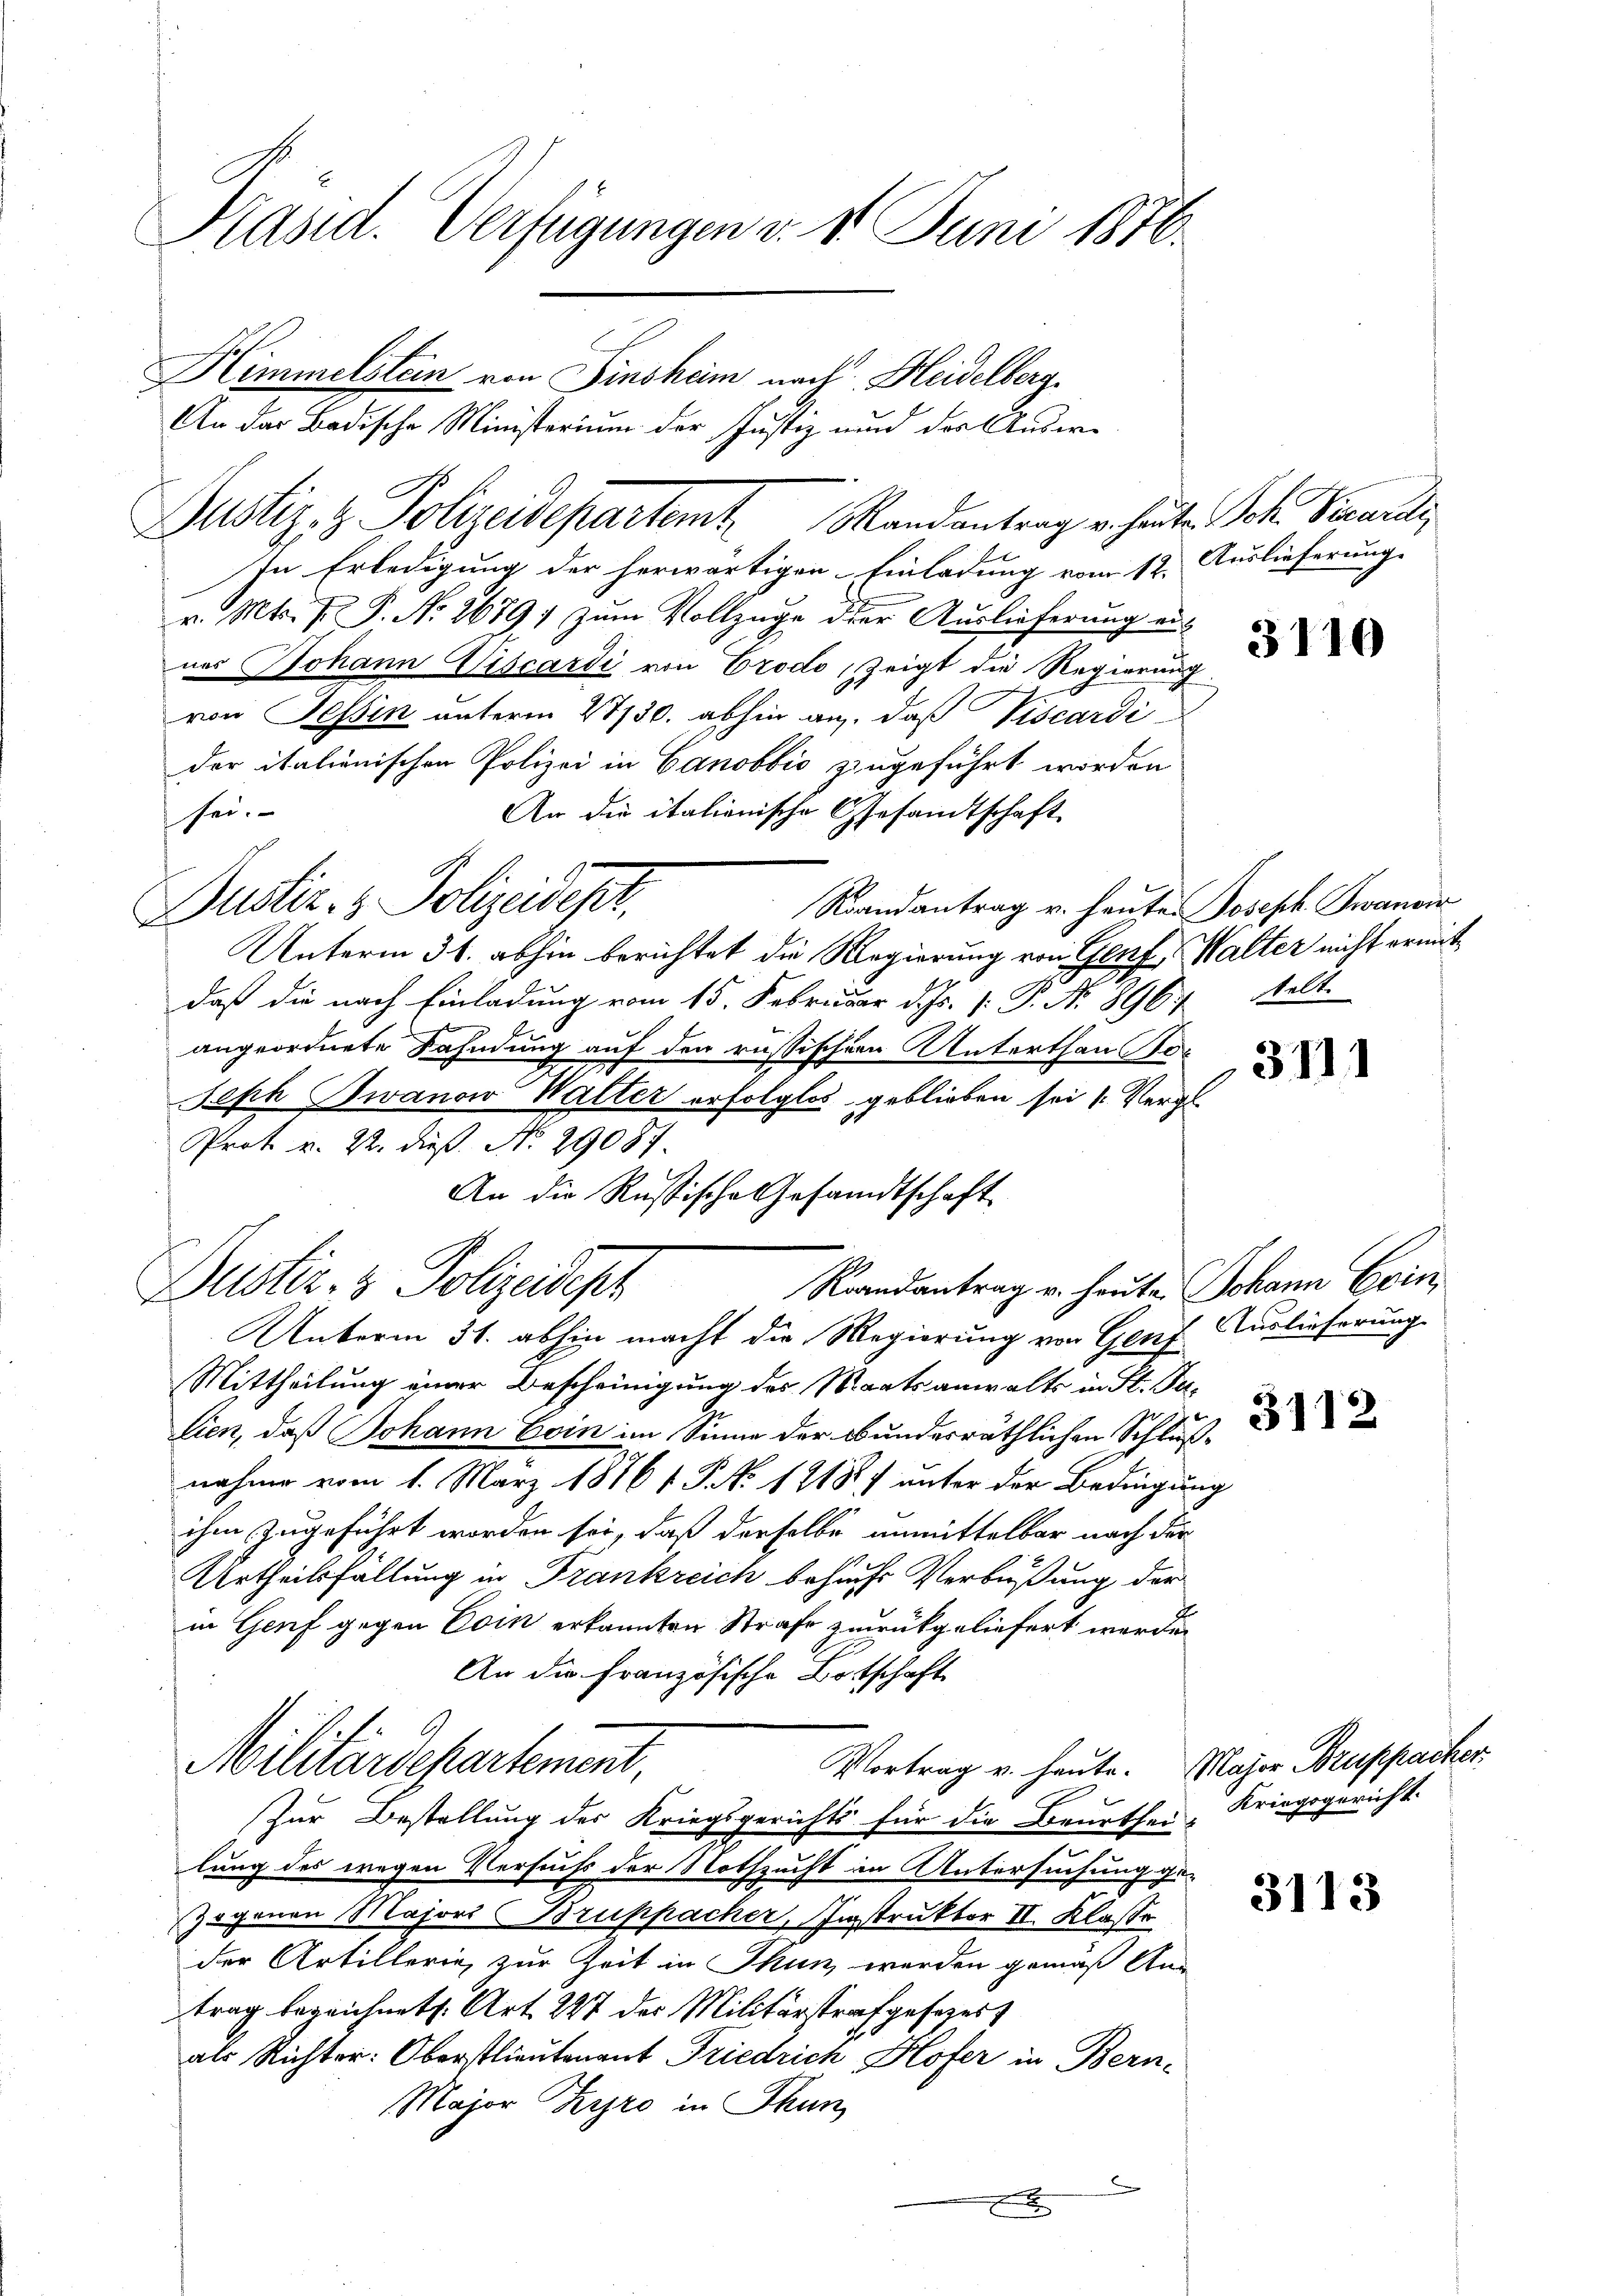
Präsid. Verfügungen v. 1. Juni 1876.

Justiz- & Polizeidepartemt Randantrag v. heuten Joh. Vicardi
In Erledigung der herwärtigen Einladung vom 12. Auslieferung
v. Mts. V. P. Nr. 2689) zum Vollzuge der Auslieferung aus
nes Johann Viscardi von Crodo, zeigt die Regierung
von Tessin unterm 27130. abhin an, daß Viscardi
der italienischen Polizei in Canobbić zugeführt worden
sei.
An die italienische Gesamtschaft
Justiz- & Polizeidest
Raandantrag u. heute Joseph Swancir
Unterm 31. abhin berichtet die Regierung von Genf, Walter nicht ermitdaß die nach Einladung vom 15. Februar d. Js. v. P. Nr. 8967 kelt
angeordnete Sahndung auf den russischen Unterthan Jo¬
Seph Iwanow Walter erfolglos geblieben sei (Vergl.
Prot u. 22. dieß. No. 29087.
An die Russische Gesandtschaft

Himmelstein von Finsham nach Heidelberg.
An das Badische Ministerium der Justiz und der Auswe

Justiz- & Polizeidept

Unterm 31. abhin macht die Regierung von Genf Auslieferung
Mittheilung einer Bescheinigung des Staatsanwalts in St. Julien, daß Johann Coin im Sinne der Bundesräthlichen Schlußnahme vom 1. März 18761. P. No 121887 unter der Bedingung
ihm zugeführt worden sei, daß derselbe unmittelbar nach der
Urtheilsfällung in Frankreich besucht Verbüßung der
in Genf gegen Coin erkannten Strafe zurückgeliefert werden
An die Französische Botschaft
Militärdepartement,
Zur Bestellung der Kriegsgerichts für die Beurthei- Kriegsgericht.
lung des wegen Versuchs der Nothzucht in Untersuchung ge¬
2
Zogenen Majors Bruppacher, Instruktor II. Klasse
der Artillerie, zur Zeit in Thun werden gemäß An-
trag bezeichnet. Art. 227 der Militärstrafgesezes
als Richter: Oberstlieutenant Friedrich Hofer in Bern-
Major Ziro in Thun
x
x

Raandantrag u. heute Johann Erin

Vortrag u. heute. Major Bruppacher

3110

3111

3112

3113